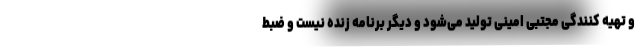
و تهیه کنندگی مجتبی امینی تولید می‌شود و دیگر برنامه زنده نیست و ضبط